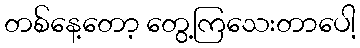
တစ်နေ့တော့ တွေ့ကြသေးတာပေါ့